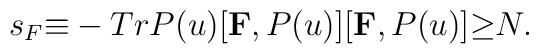
s_F{\equiv}-Tr P(u) [{\bf F},P(u)][{\bf F},P(u)]{\geq}N.